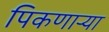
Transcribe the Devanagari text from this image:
पिकणाऱ्या